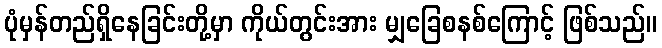
ပုံမှန်တည်ရှိနေခြင်းတို့မှာ ကိုယ်တွင်းအား မျှခြေစနစ်ကြောင့် ဖြစ်သည်။